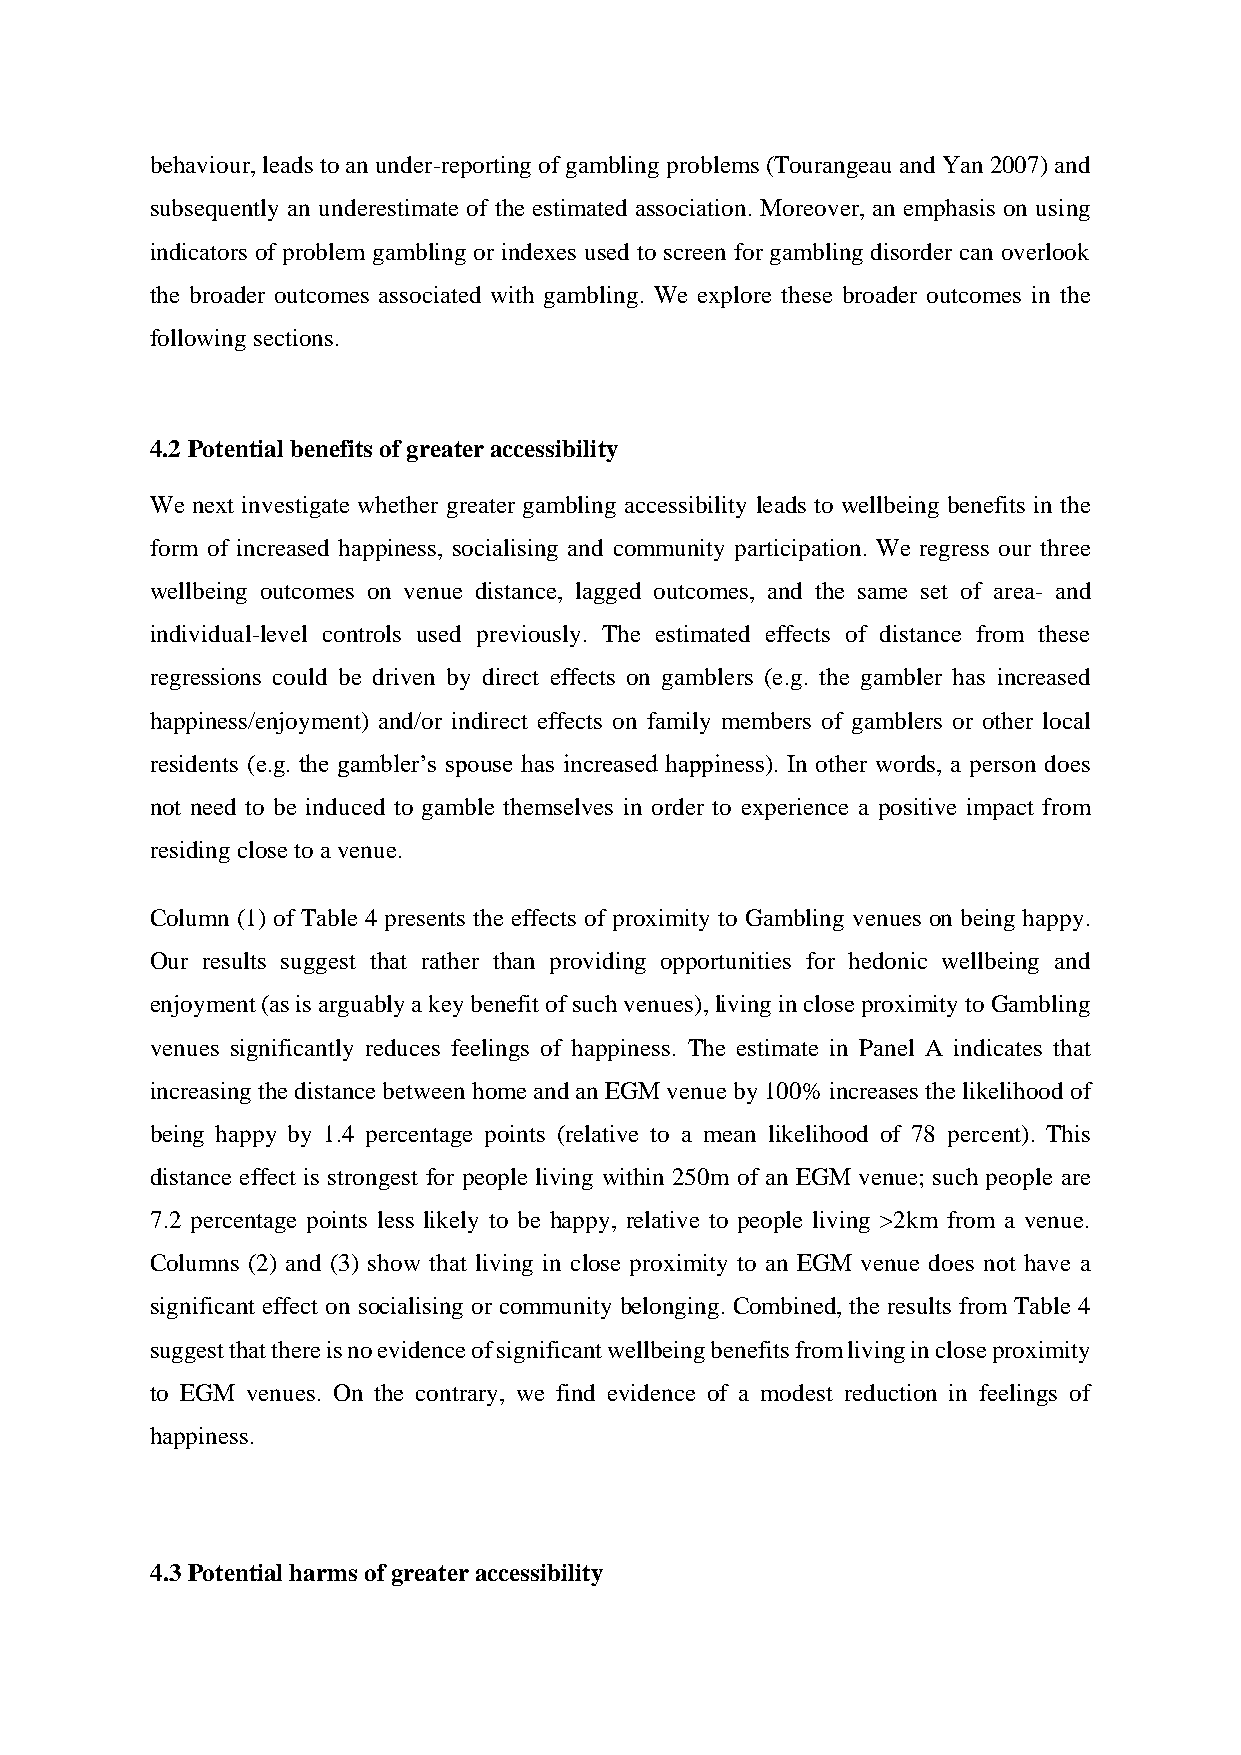
behaviour, leads to an under-reporting of gambling problems (Tourangeau and Yan 2007) and
 subsequently an underestimate of the estimated association. Moreover, an emphasis on using
 indicators of problem gambling or indexes used to screen for gambling disorder can overlook
 the broader outcomes associated with gambling. We explore these broader outcomes in the
 following sections.
 4.2 Potential benefits of greater accessibility
 We next investigate whether greater gambling accessibility leads to wellbeing benefits in the
 form of increased happiness, socialising and community participation. We regress our three
 wellbeing outcomes on venue distance, lagged outcomes, and the same set of area- and
 individual-level controls used previously. The estimated effects of distance from these
 regressions could be driven by direct effects on gamblers (e.g. the gambler has increased
 happiness/enjoyment) and/or indirect effects on family members of gamblers or other local
 residents (e.g. the gambler’s spouse has increased happiness). In other words, a person does
 not need to be induced to gamble themselves in order to experience a positive impact from
 residing close to a venue.
 Column (1) of Table 4 presents the effects of proximity to Gambling venues on being happy.
 Our results suggest that rather than providing opportunities for hedonic wellbeing and
 enjoyment (as is arguably a key benefit of such venues), living in close proximity to Gambling
 venues significantly reduces feelings of happiness. The estimate in Panel A indicates that
 increasing the distance between home and an EGM venue by 100% increases the likelihood of
 being happy by 1.4 percentage points (relative to a mean likelihood of 78 percent). This
 distance effect is strongest for people living within 250m of an EGM venue; such people are
 7.2 percentage points less likely to be happy, relative to people living >2km from a venue.
 Columns (2) and (3) show that living in close proximity to an EGM venue does not have a
 significant effect on socialising or community belonging. Combined, the results from Table 4
 suggest that there is no evidence of significant wellbeing benefits from living in close proximity
 to EGM venues. On the contrary, we find evidence of a modest reduction in feelings of
 happiness.
 4.3 Potential harms of greater accessibility